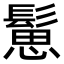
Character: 䰄